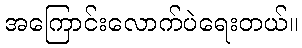
အကြောင်းလောက်ပဲရေးတယ်။